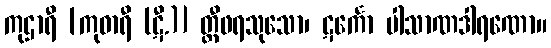
ကုဌာရီ [ကုဓာရီ (ဋီ.)] တ္ထီဖရသုသော၊ ဋင်္ကော ပါသာဏဒါရဏော။